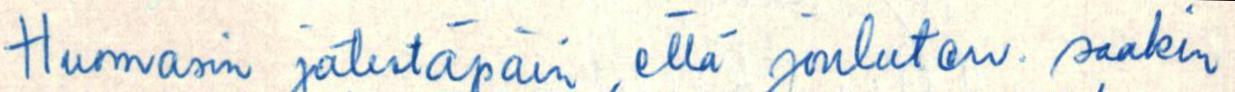
Huomasin jälestäpäin, että jouluterv. saakin